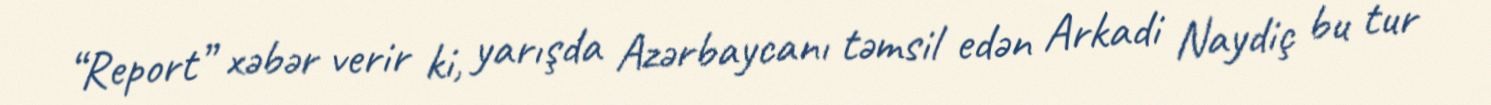
“Report” xəbər verir ki, yarışda Azərbaycanı təmsil edən Arkadi Naydiç bu tur